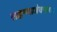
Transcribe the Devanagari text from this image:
राहण्याजेवणाच्या